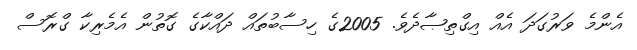
އެންމެ ވަރުގަދަ އެއް އިގްތިޞާދެވެ. 2005ގެ ހިސާބުތައް ދައްކާގެ ގޮތުން އެމެރިކާ ގްރޮސް